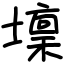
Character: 壈